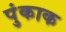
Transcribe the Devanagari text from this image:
पुंकाक